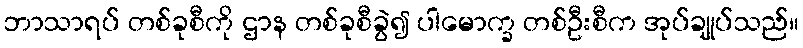
ဘာသာရပ် တစ်ခုစီကို ဌာန တစ်ခုစီခွဲ၍ ပါမောက္ခ တစ်ဦးစီက အုပ်ချုပ်သည်။